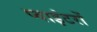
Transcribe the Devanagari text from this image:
प्वाइंटरों